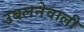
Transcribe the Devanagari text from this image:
उबलनेवाली